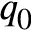
q _ { 0 }